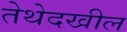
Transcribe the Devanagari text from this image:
तेथेदखील